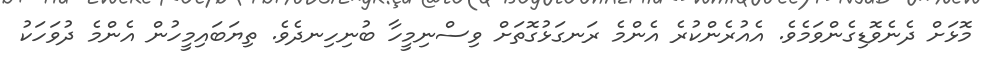
މޮޅަށް ދެނެވޮޑިގެންވަމެވެ. އެއުރެންކުރެ އެންމެ ރަނގަޅުގޮތަށް ވިސްނިމީހާ ބުނިހިނދެވެ. ތިޔަބައިމީހުން އެންމެ ދުވަހަކު